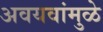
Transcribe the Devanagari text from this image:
अवयवांमुळे